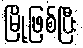
မြို့ဖြစ်ပြီး